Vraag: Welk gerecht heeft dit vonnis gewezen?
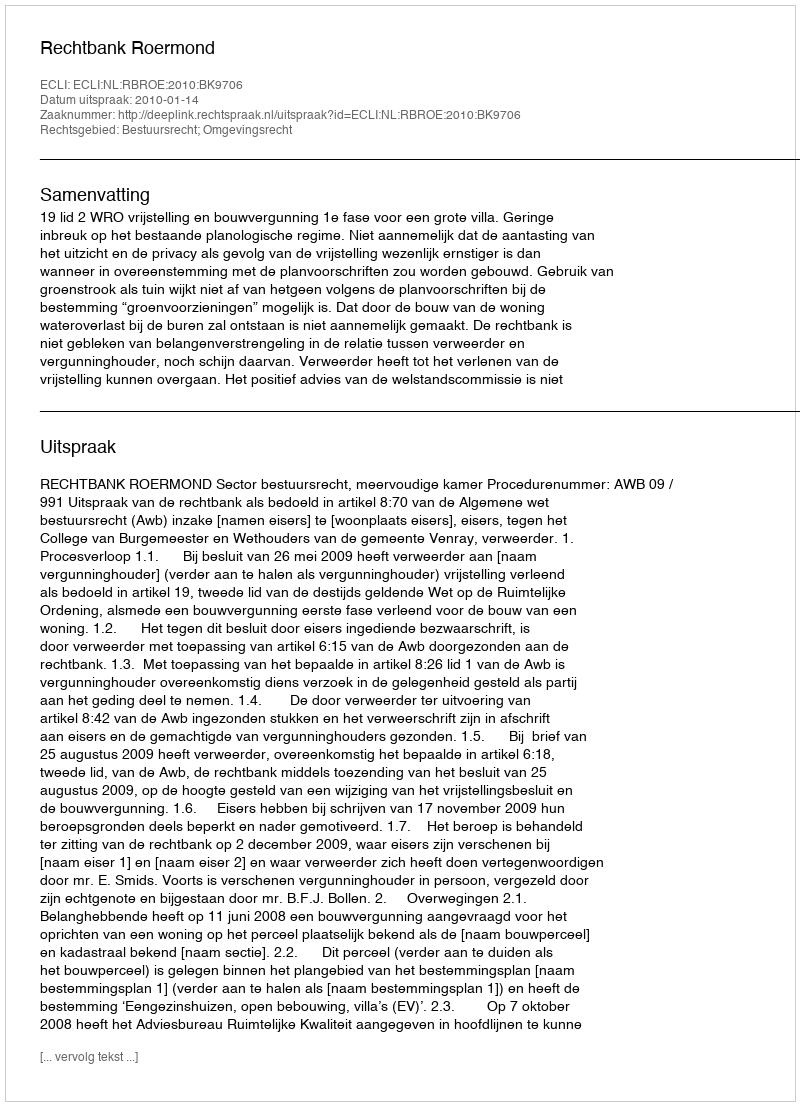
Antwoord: Rechtbank Roermond